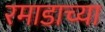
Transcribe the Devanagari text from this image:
रमाडाच्या